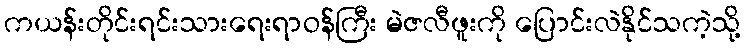
ကယန်းတိုင်းရင်းသားရေးရာဝန်ကြီး မဲဇလီဖူးကို ပြောင်းလဲနိုင်သကဲ့သို့